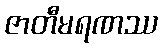
ဇာတီမရဏဿ